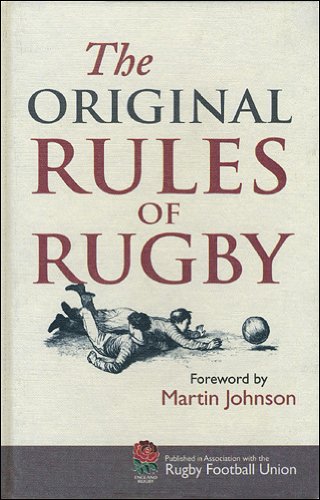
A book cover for The Original Rules of Rugby; Bodleian Library  The; Sports & Outdoors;